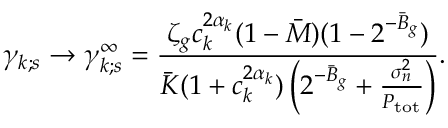
\gamma _ { k ; s } \to \gamma _ { k ; s } ^ { \infty } = \frac { \zeta _ { g } c _ { k } ^ { 2 \alpha _ { k } } ( 1 - \ensuremath { \bar { M } } ) ( 1 - 2 ^ { - \ensuremath { \bar { B } } _ { g } } ) } { \ensuremath { \bar { K } } ( 1 + c _ { k } ^ { 2 \alpha _ { k } } ) \left( 2 ^ { - \ensuremath { \bar { B } } _ { g } } + \frac { \sigma _ { n } ^ { 2 } } { P _ { \mathrm { t o t } } } \right) } .